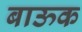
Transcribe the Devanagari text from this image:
बाऊक